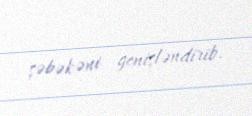
şəbəkəni genişləndirib.